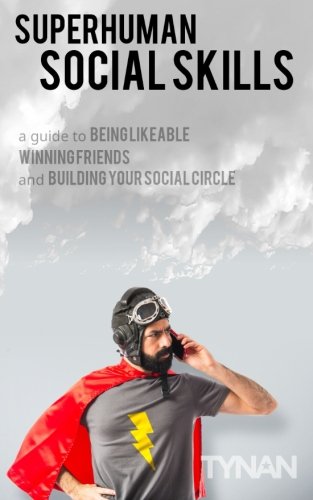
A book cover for Superhuman Social Skills: A Guide to Being Likeable, Winning Friends, and Building Your Social Circle; Tynan; Self-Help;